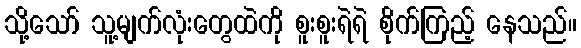
သို့သော် သူ့မျက်လုံးတွေထဲကို စူးစူးရဲရဲ စိုက်ကြည့် နေသည်။